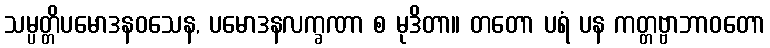
သမ္ပတ္တိပမောဒနဝသေန, ပမောဒနလက္ခဏာ စ မုဒိတာ။ တတော ပရံ ပန ကတ္တဗ္ဗာဘာဝတော